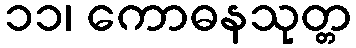
၁၁၊ ကောဓနသုတ္တ